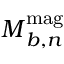
\boldsymbol { M } _ { b , n } ^ { \mathrm { m a g } }